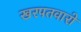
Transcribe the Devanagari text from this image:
खरपतवारो